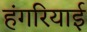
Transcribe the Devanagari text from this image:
हंगरियाई